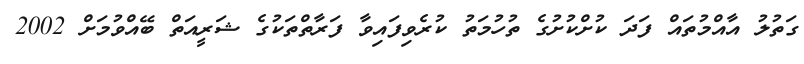
ގަތުލު އާއްމުތައް ފަދަ ކުށްކުށުގެ ތުހުމަތު ކުރެވިފައިވާ ފަރާތްތަކުގެ ޝަރީއަތް ބޭއްވުމަށް 2002